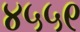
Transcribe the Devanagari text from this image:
४५५९